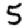
Digit: 5